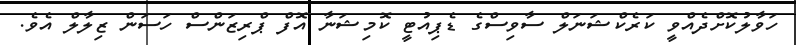
ހަވާލުކޮށްދެއްވީ ކަރެކްޝަނަލް ސާވިސްގެ ޑެޕިއުޓީ ކޮމިޝަނާ އޮފް ޕްރިޒަންސް ހަސަން ޒިލާލް އެެވެ.